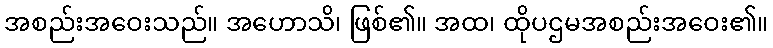
အစည်းအဝေးသည်။ အဟောသိ၊ ဖြစ်၏။ အထ၊ ထိုပဌမအစည်းအဝေး၏။